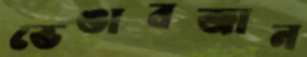
ভেঙাবজান